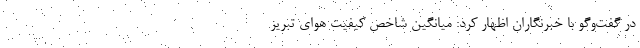
در گفت‌وگو با خبرنگاران اظهار کرد: میانگین شاخص کیفیت هوای تبریز